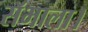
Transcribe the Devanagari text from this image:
सॅभाला।